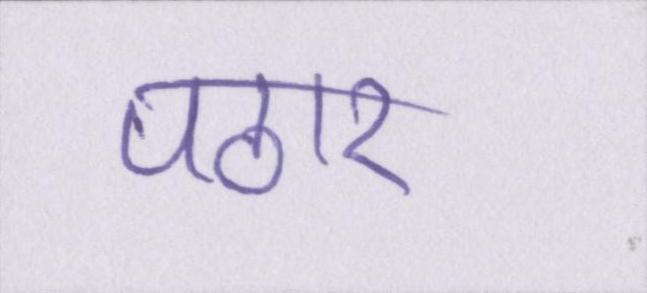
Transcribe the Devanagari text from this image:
पठार